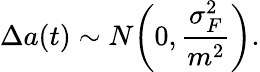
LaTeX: \Delta a(t)\sim N\bigg(0,\frac{\sigma_{F}^{2}}{m^{2}}\bigg).